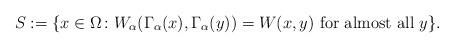
LaTeX: \begin{align*}S:=\{x\in\Omega\colon W_\alpha(\Gamma_\alpha(x),\Gamma_\alpha(y))=W(x,y) \mbox{ for almost all }y\}.\end{align*}